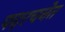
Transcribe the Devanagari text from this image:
पदरचनेत